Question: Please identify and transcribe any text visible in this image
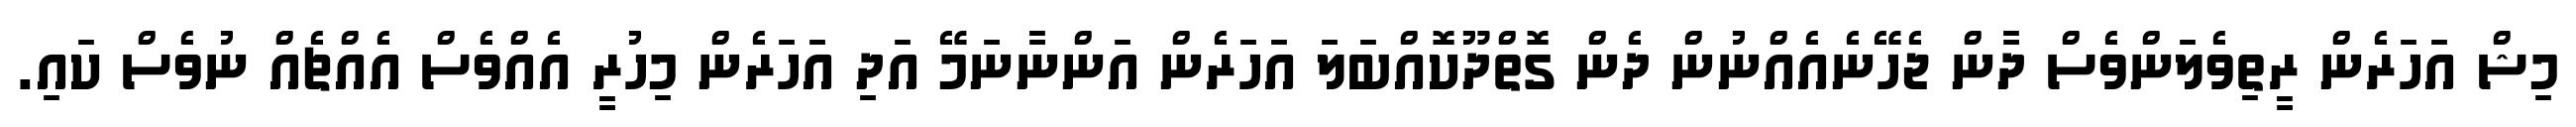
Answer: މިޝް އަހަރެން ރީތިވެލަންވެސް ދާން ޖެހޭނެއެއްނުން ދެން ގޮތްދޫކޮއްބަލަ އަހަރެން އަންނާނަމޭ އަދި އަހަރެން މިހުރީ އެއްވެސް އެއްޗެއް ނުވެސް ކައި.